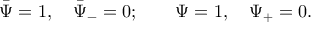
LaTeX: \bar { \Psi } = 1 , ~ ~ ~ \bar { \Psi } _ { - } = 0 ; \qquad \Psi = 1 , ~ ~ ~ \Psi _ { + } = 0 .